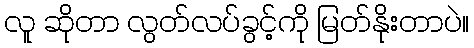
လူ ဆိုတာ လွတ်လပ်ခွင့်ကို မြတ်နိုးတာပဲ။